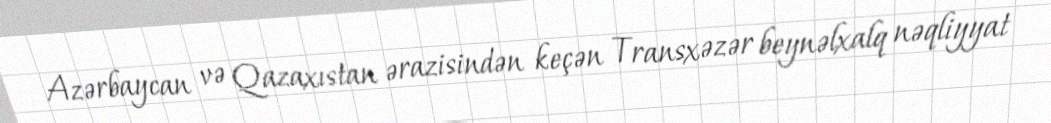
Azərbaycan və Qazaxıstan ərazisindən keçən Transxəzər beynəlxalq nəqliyyat